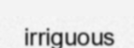
irriguous